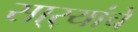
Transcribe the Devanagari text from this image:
सा्र्‍यांचे